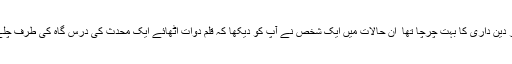
آپ کے علم اور دین داری کا بہت چرچا تھا ٗ ان حالات میں ایک شخص نے آپ کو دیکھا کہ قلم دوات اُٹھائے ایک محدث کی درس گاہ کی طرف چلے جا رہے ہیں۔